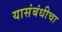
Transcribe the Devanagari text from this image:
यासंबंधीचा